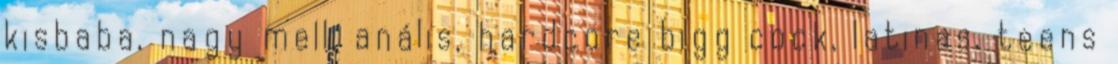
kisbaba, nagy mell, anális, hardcore bigg cock, latinas, teens